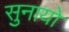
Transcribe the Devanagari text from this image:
सुनायो